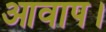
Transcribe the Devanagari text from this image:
आवाप।